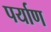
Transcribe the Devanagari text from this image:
पर्याण